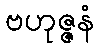
ဗဟုဇ္ဇနံ